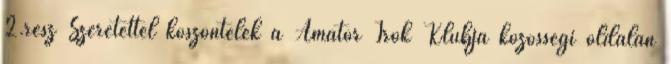
2.rész Szeretettel köszöntelek a Amatőr Írók Klubja közösségi oldalán